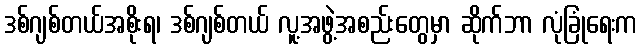
ဒစ်ဂျစ်တယ်အစိုးရ၊ ဒစ်ဂျစ်တယ် လူ့အဖွဲ့အစည်းတွေမှာ ဆိုက်ဘာ လုံခြုံရေးက